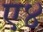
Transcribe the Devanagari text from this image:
ए४